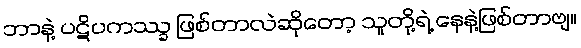
ဘာနဲ့ ပဋိပကဿ္ခ ဖြစ်တာလဲဆိုတော့ သူတို့ရဲ့ နေနဲ့ဖြစ်တာဗျ။